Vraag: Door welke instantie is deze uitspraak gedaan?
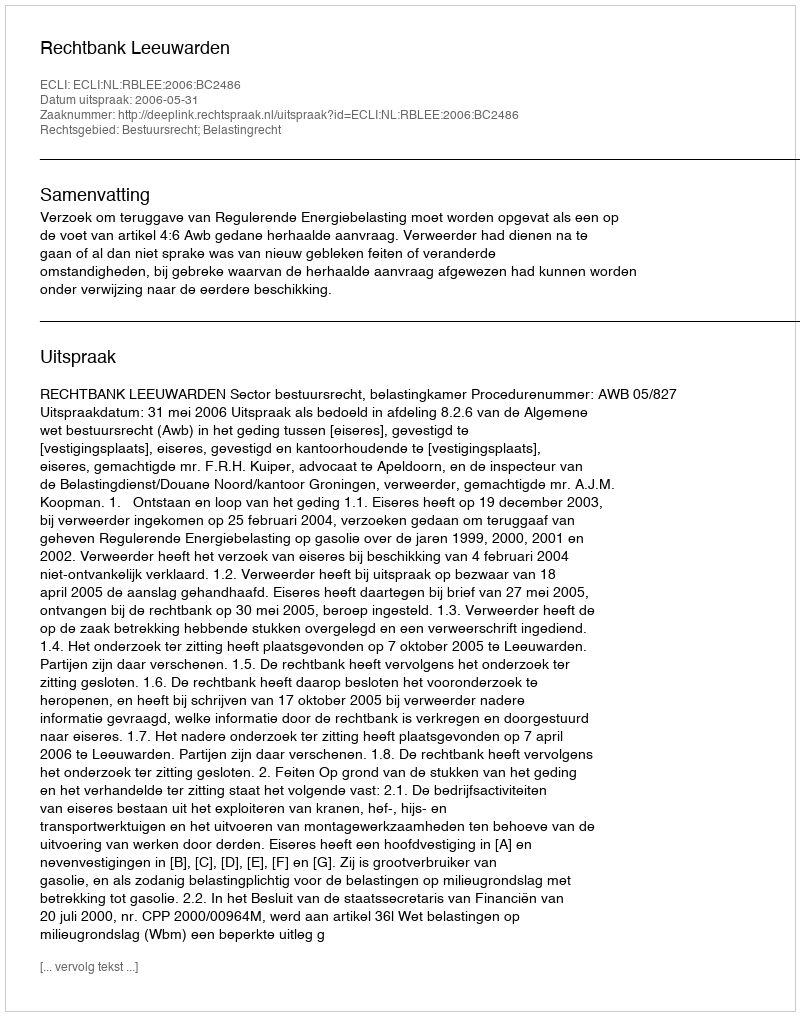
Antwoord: Rechtbank Leeuwarden